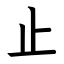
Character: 止